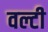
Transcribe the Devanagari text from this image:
वल्टी